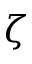
\zeta